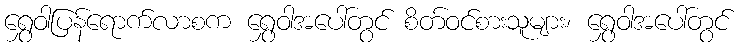
ရွှေဝါပြန်ရောက်လာစက ရွှေဝါအပေါ်တွင် စိတ်ဝင်စားသူများ၊ ရွှေဝါအပေါ်တွင်